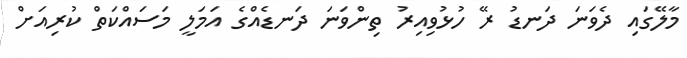
މާލޭގައި ދެވަނަ ދަނޑު ރޭ ހުޅުވިއިރު ތިންވަނަ ދަނޑެއްގެ އަމަލީ މަސައްކަތް ކުރިއަށް